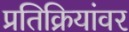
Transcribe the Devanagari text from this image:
प्रतिक्रियांवर